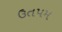
ઉતપમ